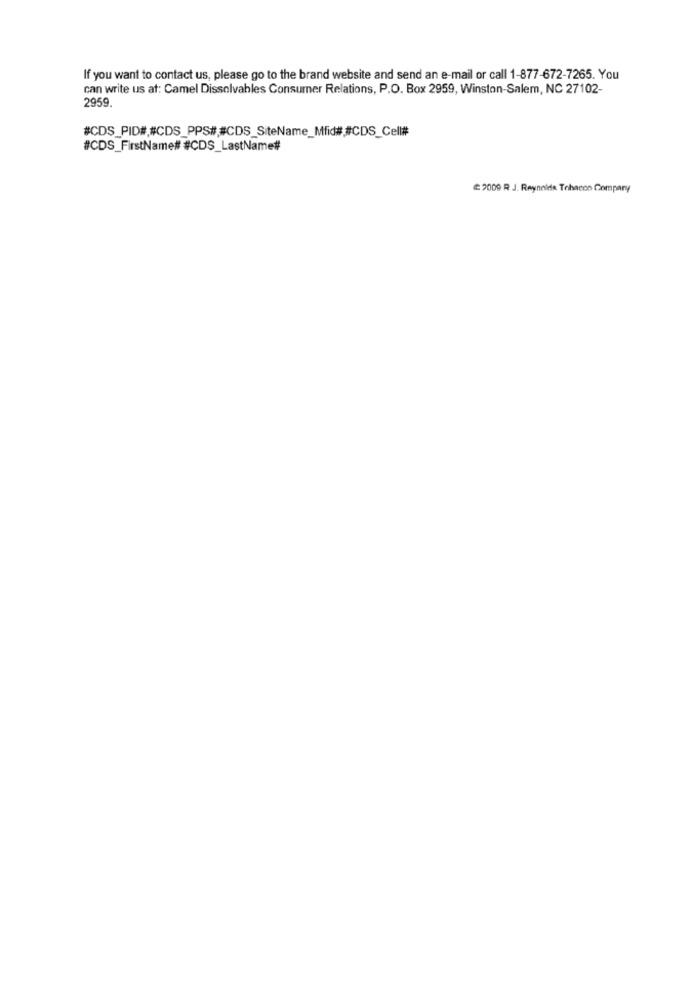
If you want to contact us, please go to the brand website and send an e-mail or call 1-877-672-7265. You
can write us at: Camel Dissolvables Consumer Relations, P.O. Box 2959, Winston-Salem, NC 27102-
2959.
#CDS_FirstName# #CDS_LastName#
2009 R J. Reynolds Tobacco Company